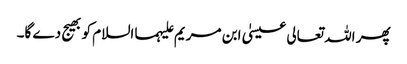
پھر اللہ تعالی عیسیٰ ابن مریم علیہما السلام کو بھیج دے گا۔